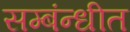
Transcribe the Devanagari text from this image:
सम्बंन्धीत